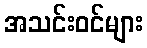
အသင်းဝင်များ